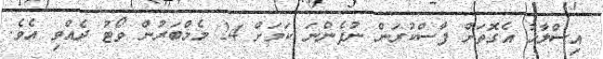
އިސްލާހު އެގޮތަށް ފާސްކުރަން ނުފެންނަ ކަމަށް 24 މެމްބަރުން ވޯޓު ދެއްވި އެވެ.